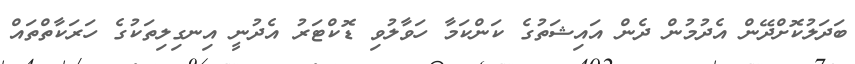
ބަދަލުކޮށްދޭން އެދުމުން ދެން އައިޝަތުގެ ކަންކަމާ ހަވާލުވި ޑޮކްޓަރު އެދުނީ އިނގިލިތަކުގެ ހަރަކާތްތައް